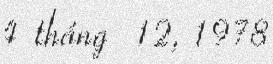
4 tháng 12, 1978